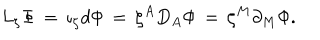
LaTeX: L _ { \zeta } { \Phi } \, = \, { \iota } _ { \zeta } d { \Phi } \, = \, { \zeta } ^ { A } D _ { A } { \Phi } \, = \, { \zeta } ^ { M } \partial _ { M } { \Phi } .